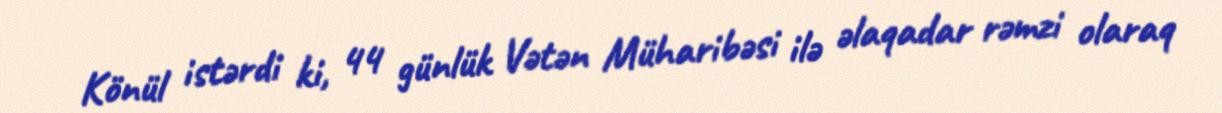
Könül istərdi ki, 44 günlük Vətən Müharibəsi ilə əlaqadar rəmzi olaraq